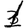
Digit: 1